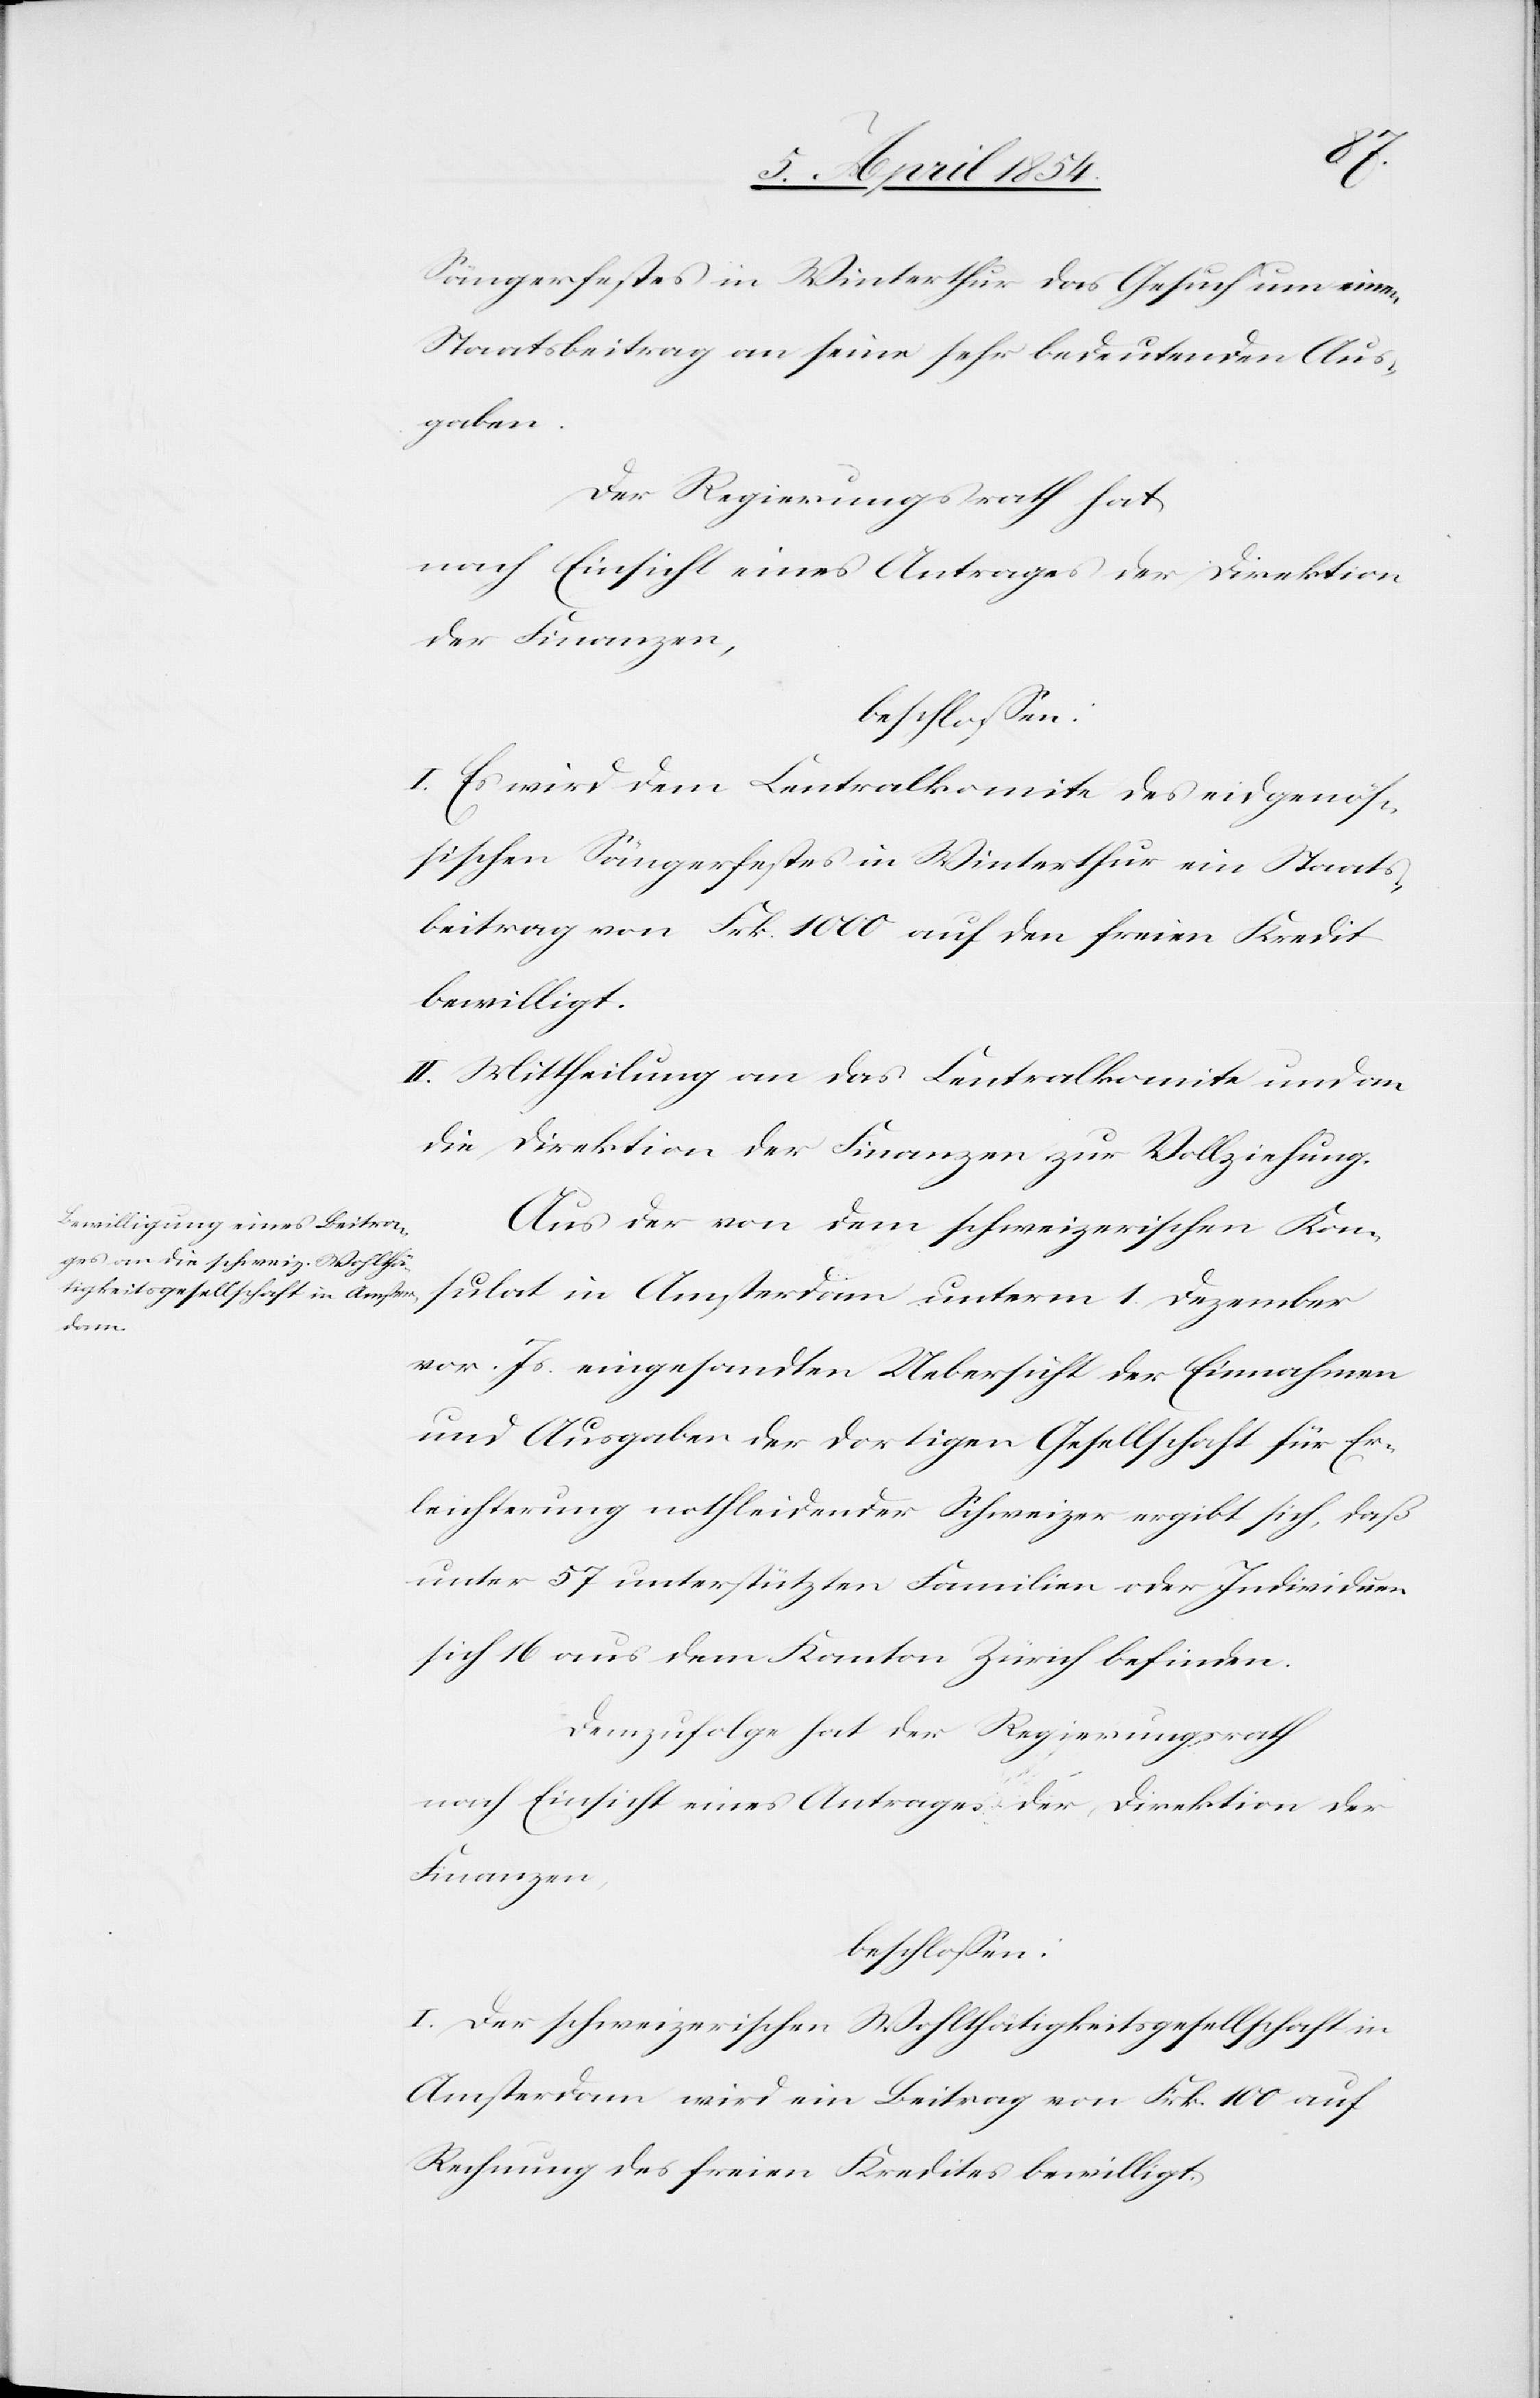
Sängerfestes in Winterthur das Gesuch um einen
Staatsbeitrag an seine sehr bedeutenden Aus¬
gaben.
Der Regierungsrath hat,
nach Einsicht eines Antrages der Direktion
der Finanzen,
beschloßen:
I. Es wird dem Centralkomite des eidgenöß¬
ischen Sängerfestes in Winterthur ein Staats¬
beitrag von Frk. 1000 auf den freien Kredit
bewilligt.
II. Mittheilung an das Centralkomite und an
die Direktion der Finanzen zur Vollziehung.
Aus der von dem schweizerischen Kon¬
sulat in Amsterdam unterm 1. Dezember
vor. Js. eingesandten Uebersicht der Einnahmen
und Ausgaben der dortigen Gesellschaft für Er¬
leichterung nothleidender Schweizer ergibt sich, daß
unter 57 unterstützten Familien oder Individuen
sich 16 aus dem Kanton Zürich befinden.
Demzufolge hat der Regierungsrath
I. Der schweizerischen Wohlthätigkeitsgesellschaft in
Amsterdam wird ein Beitrag von Frk. 100 auf
Rechnung des freien Kredites bewilligt.